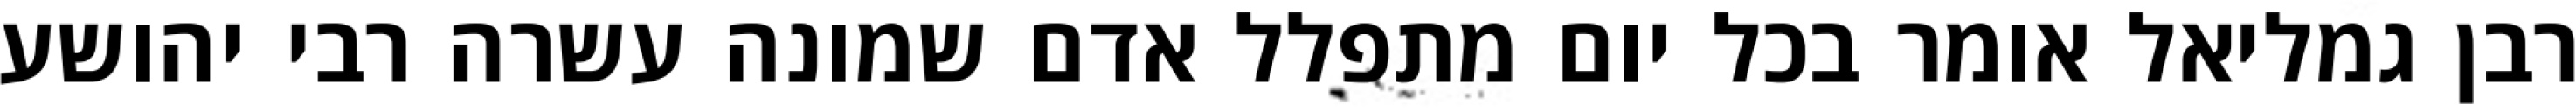
רבן גמליאל אומר בכל יום מתפלל אדם שמונה עשרה רבי יהושע